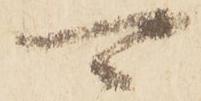
可